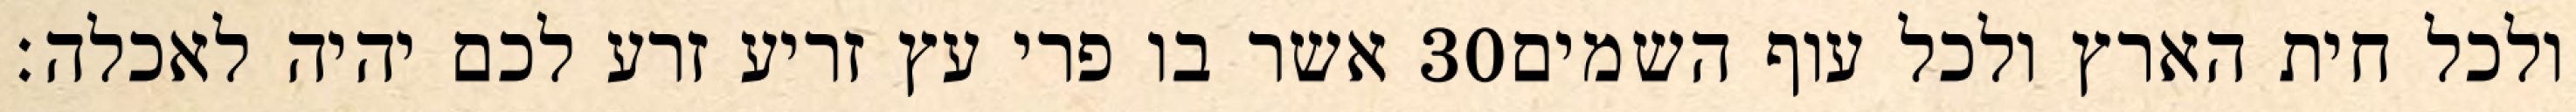
אשר בו פרי עץ זריע זרע לכם יהיה לאכלה׃ ‎30‏ ולכל חית הארץ ולכל עוף השמים